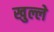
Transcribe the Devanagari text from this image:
खुल्ले